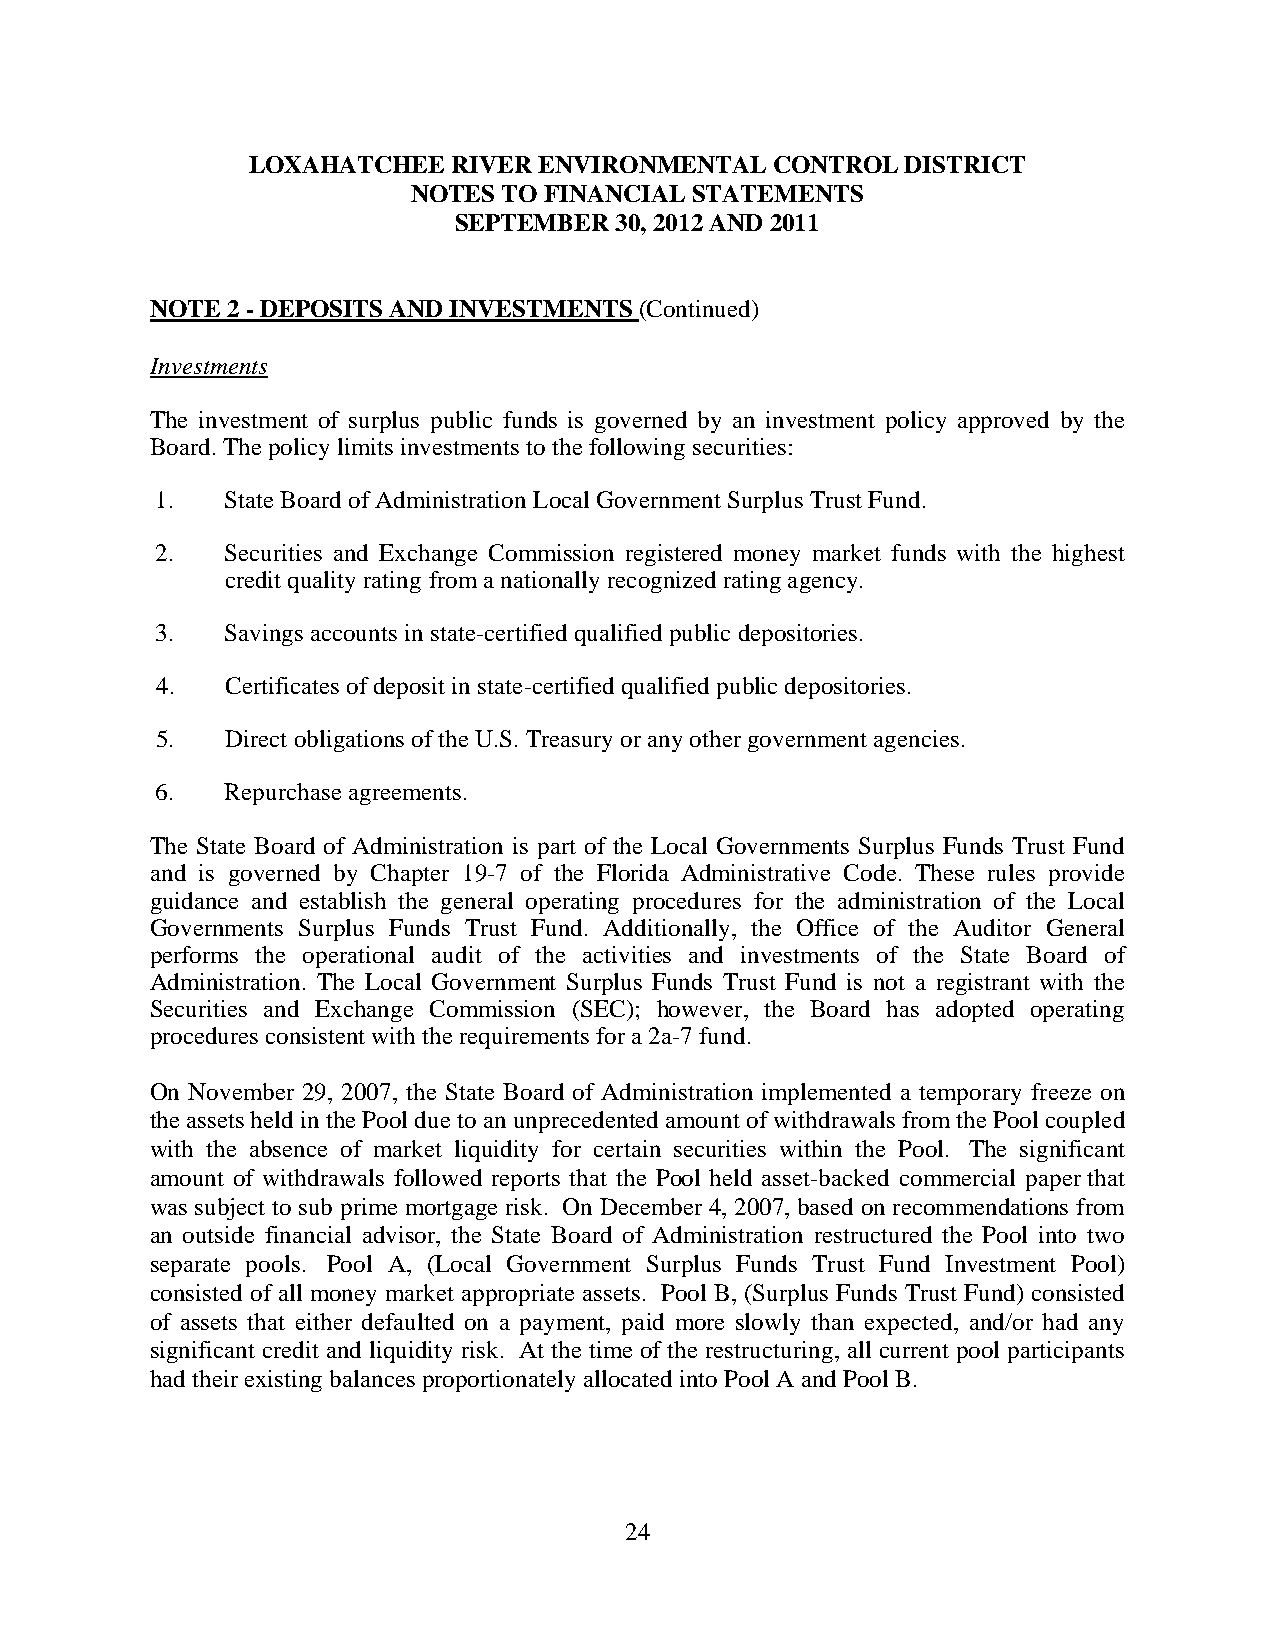
LOXAHATCHEE   RIVER ENVIRONMENTAL  CONTROL  DISTRICT
 NOTES TO FINANCIAL STATEMENTS
 SEPTEMBER  30, 2012 AND 2011
 NOTE 2 - DEPOSITS AND INVESTMENTS (Continued)
 Investments
 The investment of surplus public funds is governed by an investment policy approved by the
 Board. The policy limits investments to the following securities:
 1.   State Board of Administration Local Government Surplus Trust Fund.
 2.   Securities and Exchange Commission registered money market funds with the highest
 credit quality rating from a nationally recognized rating agency.
 3.   Savings accounts in state-certified qualified public depositories.
 4.   Certificates of deposit in state-certified qualified public depositories.
 5.   Direct obligations of the U.S. Treasury or any other government agencies.
 6.   Repurchase agreements.
 The State Board of Administration is part of the Local Governments Surplus Funds Trust Fund
 and is governed by Chapter 19-7 of the Florida Administrative Code. These rules provide
 guidance and establish the general operating procedures for the administration of the Local
 Governments Surplus Funds Trust Fund. Additionally, the Office of the Auditor General
 performs the operational audit of the activities and investments of the State Board of
 Administration. The Local Government Surplus Funds Trust Fund is not a registrant with the
 Securities and Exchange Commission (SEC); however, the Board has adopted operating
 procedures consistent with the requirements for a 2a-7 fund.
 On November 29, 2007, the State Board of Administration implemented a temporary freeze on
 the assets held in the Pool due to an unprecedented amount of withdrawals from the Pool coupled
 with the absence of market liquidity for certain securities within the Pool. The significant
 amount of withdrawals followed reports that the Pool held asset-backed commercial paper that
 was subject to sub prime mortgage risk. On December 4, 2007, based on recommendations from
 an outside financial advisor, the State Board of Administration restructured the Pool into two
 separate pools. Pool A, (Local Government Surplus Funds Trust Fund Investment Pool)
 consisted of all money market appropriate assets. Pool B, (Surplus Funds Trust Fund) consisted
 of assets that either defaulted on a payment, paid more slowly than expected, and/or had any
 significant credit and liquidity risk. At the time of the restructuring, all current pool participants
 had their existing balances proportionately allocated into Pool A and Pool B.
 24